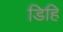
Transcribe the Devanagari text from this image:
डिहि